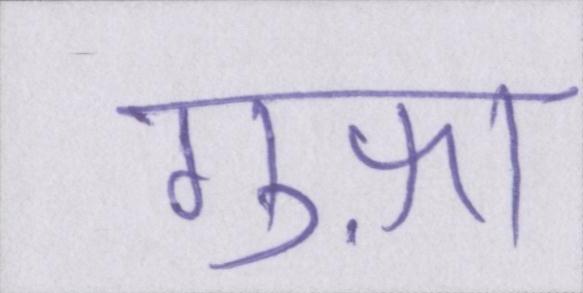
गुफ़ा